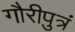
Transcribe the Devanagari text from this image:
गौरीपुत्रं